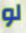
لو